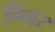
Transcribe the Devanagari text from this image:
निबर